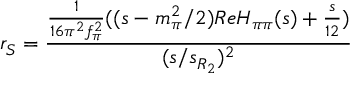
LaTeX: r _ { S } = \frac { { \frac { 1 } { 1 6 \pi ^ { 2 } f _ { \pi } ^ { 2 } } } ( ( s - m _ { \pi } ^ { 2 } / 2 ) R e H _ { \pi \pi } ( s ) + { \frac { s } { 1 2 } } ) } { ( s / s _ { R _ { 2 } } ) ^ { 2 } }